Indian Medical Review
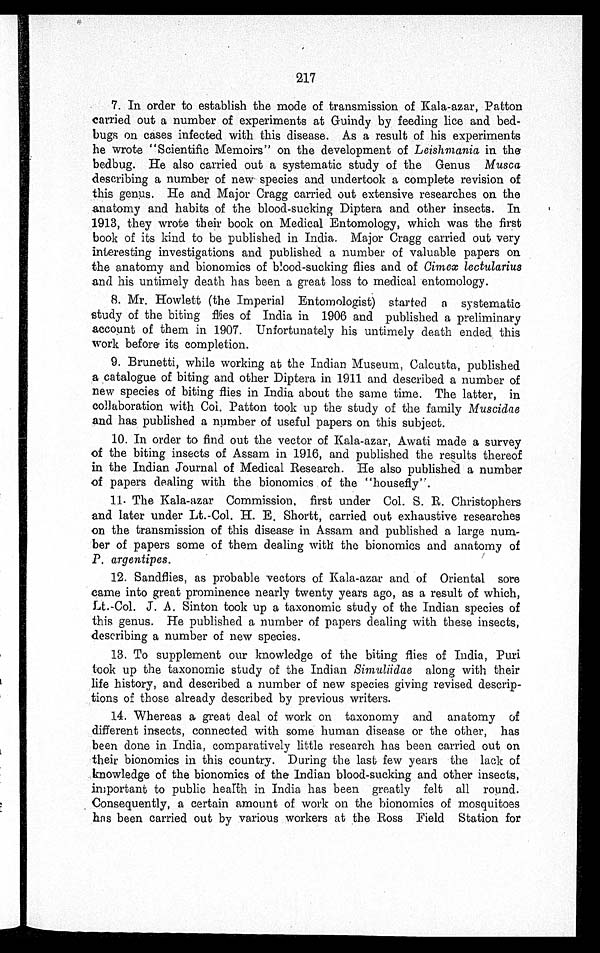
217
7. In order to establish the mode of transmission of Kala-azar, Patton
carried out a number of experiments at Guindy by feeding lice and bed--
bugs on cases infected with this disease. As a result of his experiments
he wrote "Scientific Memoirs" on the development of Leishmania in the
bedbug. He also carried out a systematic study of the Genus Musca
describing a number of new species and undertook a complete revision of
this genus. He and Major Cragg carried out extensive researches on the
anatomy and habits of the blood-sucking Diptera and other insects. In
1913, they wrote their book on Medical Entomology, which was the first
book of its kind to be published in India. Major Cragg carried out very
interesting investigations and published a number of valuable papers on
the anatomy and bionomics of blood-sucking flies and of Cimex lectularius
and his untimely death has been a great loss to medical entomology.
8. Mr. Howlett (the Imperial Entomologist) started a systematic
study of the biting flies of India in 1906 and published a preliminary
account of them in 1907. Unfortunately his untimely death ended this
work before its completion.
9. Brunetti, while working at the Indian Museum, Calcutta, published
a catalogue of biting and other Diptera in 1911 and described a number of
new species of biting flies in India about the same time. The latter, in
collaboration with Col. Patton took up the study of the family Muscidae
and has published a number of useful papers on this subject.
10. In order to find out the vector of Kala-azar, Awati made a survey
of the biting insects of Assam in 1916, and published the results thereof
in the Indian Journal of Medical Research. He also published a number
of papers dealing with the bionomics of the "housefly".
11. The Kala-azar Commission, first under Col. S. R. Christophers
and later under Lt.-Col. H. E. Shortt, carried out exhaustive researches
on the transmission of this disease in Assam and published a large num-
ber of papers some of them dealing with the bionomics and anatomy of
P. argentipes.
12. Sandflies, as probable vectors of Kala-azar and of Oriental sore
came into great prominence nearly twenty years ago, as a result of which,
Lt.-Col. J. A. Sinton took up a taxonomic study of the Indian species of
this genus. He published a number of papers dealing with these insects,
describing a number of new species.
13. To supplement our knowledge of the biting flies of India, Puri
took up the taxonomic study of the Indian Simuliidae along with their
life history, and described a number of new species giving revised descrip-
tions of those already described by previous writers.
14. Whereas a great deal of work on taxonomy and anatomy of
different insects, connected with some human disease or the other, has
been done in India, comparatively little research has been carried out on
their bionomics in this country. During the last few years the lack of
knowledge of the bionomics of the Indian blood-sucking and other insects,
important to public health in India has been greatly felt all round.
Consequently, a certain amount of work on the bionomics of mosquitoes
has been carried out by various workers at the Ross Field Station for